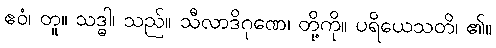
ဧဝံ၊ တူ။ သဒ္ဓါ၊ သည်။ သီလာဒိဂုဏေ၊ တို့ကို။ ပရိယေသတိ၊ ၏။